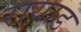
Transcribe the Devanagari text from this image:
रायाड